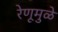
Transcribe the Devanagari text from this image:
रेणूमुळे